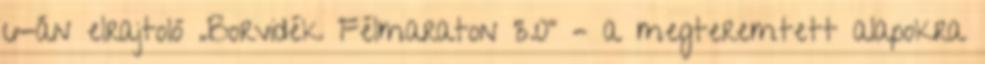
6-án elrajtoló „Borvidék Félmaraton 3.0” – a megteremtett alapokra